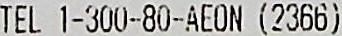
TEL 1-300-80-AEON (2366)